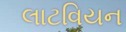
લાટવિયન